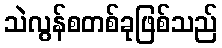
သဲလွန်စတစ်ခုဖြစ်သည်